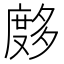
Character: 𰐂